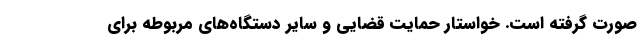
صورت گرفته است. خواستار حمایت قضایی و سایر دستگاه‌های مربوطه برای